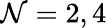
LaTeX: \mathcal{N}=2,4